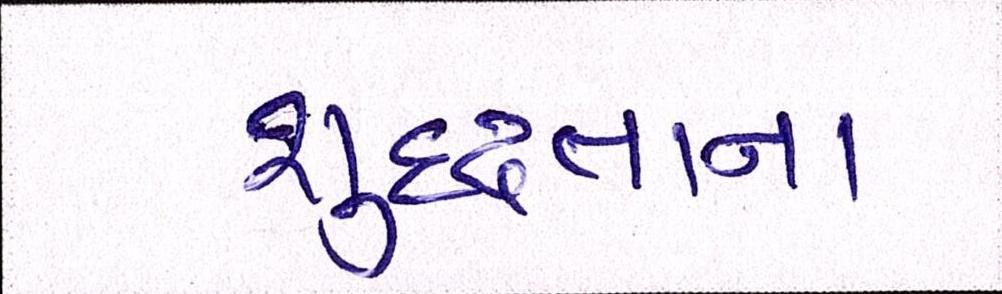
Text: શુદ્ધતાના